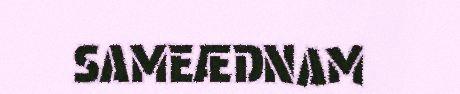
SAMEÆDNAM